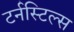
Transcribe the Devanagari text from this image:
टर्नस्टिल्स